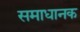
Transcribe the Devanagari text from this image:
समाधानक